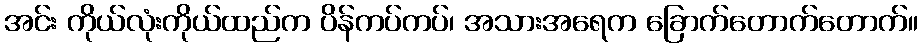
အင်း ကိုယ်လုံးကိုယ်ထည်က ပိန်ကပ်ကပ်၊ အသားအရေက ခြောက်တောက်တောက်။